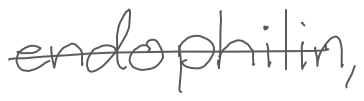
Text: endophilin,
Cross-out: single-line
Writing tool: digital_gray